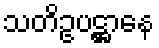
သတိဥပဋ္ဌာနေ